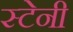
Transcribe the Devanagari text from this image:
स्टेनी